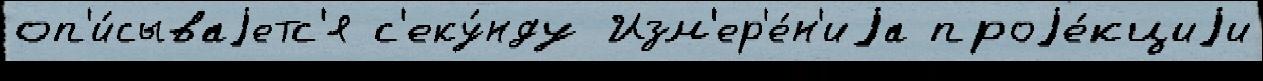
оп'и́сываjетс'я с'еку́нду Изм'ер'е́н'иjа проjе́кциjи